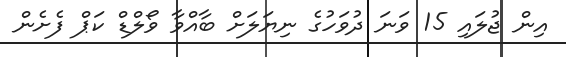
އިން ޖުލައި 15 ވަނަ ދުވަހުގެ ނިޔަލަށް ބާއްވާ ވޯލްޑް ކަޕް ފެށެން